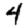
Digit: 4